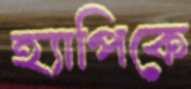
হ্যাপিকে